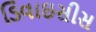
ડિવાઇસીસ